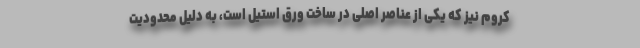
کروم نیز که یکی از عناصر اصلی در ساخت ورق استیل است، به دلیل محدودیت